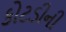
કોટડીની